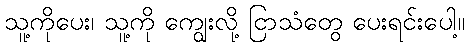
သူ့ကိုပေး၊ သူ့ကို ကျွေးလို့ ငြာသံတွေ ပေးရင်းပေါ့။